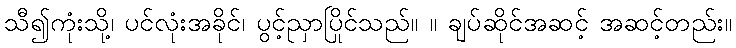
သီ၍ကုံးသို့၊ ပင်လုံးအခိုင်၊ ပွင့်ညှာပြိုင်သည်။ ။ ချပ်ဆိုင်အဆင့် အဆင့်တည်း။